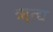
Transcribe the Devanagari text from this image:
ॠत्द्य